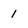
Character: 1